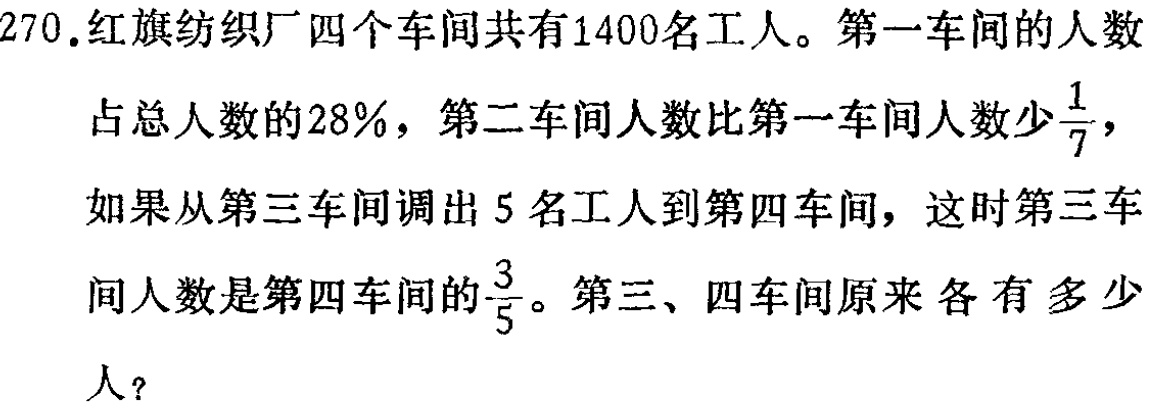
270.红旗纺织厂四个车间共有1400名工人。第一车间的人数占总人数的28%，第二车间人数比第一车间人数少$\frac{1}{7}$，如果从第三车间调出5名工人到第四车间，这时第三车间人数是第四车间的$\frac{3}{5}$。第三、四车间原来各有多少人？